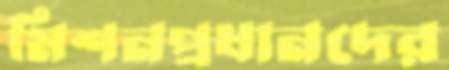
মিশনপ্রধানদের